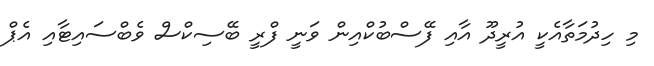
މި ހިދުމަތާއެކީ އުރީދޫ އާއި ފޭސްބުކްއިން ވަނީ ފްރީ ބޭސިކްސް ވެބްސައިޓާއި އެޕް